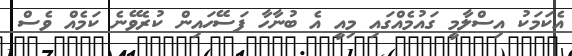
އެކަމަކު އިސްލާމީ ގައުމެއްގައި މިއީ އެ ބުނާހާ ފަސޭހައިން ކުރެވޭނެ ކަމެއް ވެސް